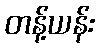
တန့်ယန်း